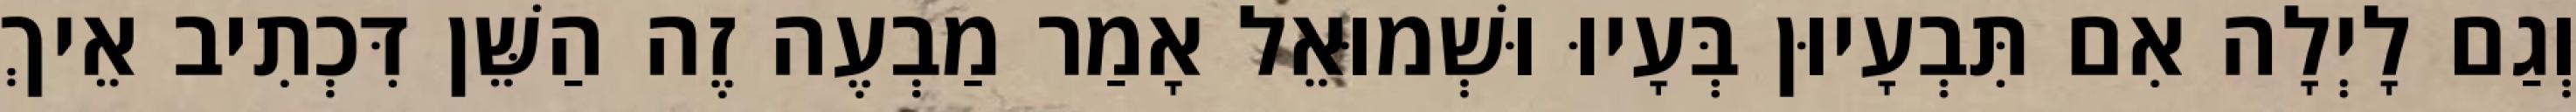
וְגַם לָיְלָה אִם תִּבְעָיוּן בְּעָיוּ וּשְׁמוּאֵל אָמַר מַבְעֶה זֶה הַשֵּׁן דִּכְתִיב אֵיךְ